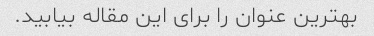
بهترین عنوان را برای این مقاله بیابید.